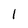
Character: 1